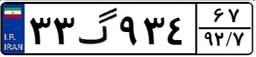
۳۳گ۹۳۴۶۷